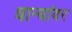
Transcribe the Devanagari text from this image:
धान्यांवर